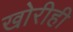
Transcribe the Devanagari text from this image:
खोरीही